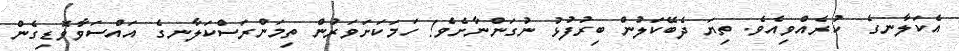
އެކަލާނގެ  ކުރެއްވިއެވެ. ތިޔަ ދެބޭކަލުން ބިރުފުޅު ނުގަންނާށެވެ! ހަމަކަށަވަރުން ތިމަންރަސްކަލާނގެ އައްސަވާވޮޑިގެން